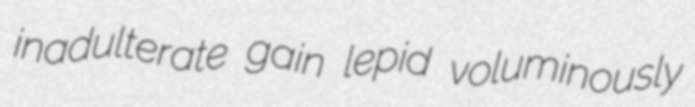
inadulterate gain lepid voluminously